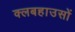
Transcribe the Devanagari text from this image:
क्लबहाउसों